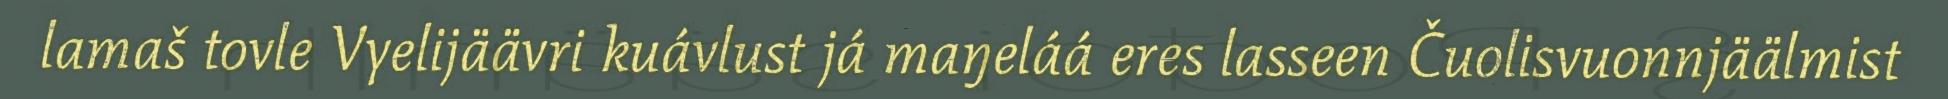
lamaš tovle Vyelijäävri kuávlust já maŋeláá eres lasseen Čuolisvuonnjäälmist